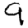
Digit: 9